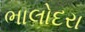
ભાલોદરા